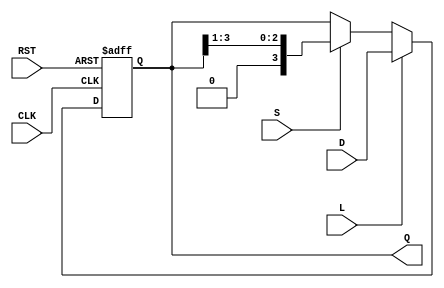
module shift_register (
    input wire [3:0] D,      // Data input
    input wire S,            // Shift control
    input wire L,            // Load control
    input wire CLK,          // Clock signal
    input wire RST,          // Reset signal
    output reg [3:0] Q       // Output register
);

    // Asynchronous reset
    always @(posedge CLK or posedge RST) begin
        if (RST) begin
            Q <= 4'b0000;     // Initialize the register to 0
        end else if (L) begin
            Q <= D;           // Load new data into the register
        end else if (S) begin
            Q <= {1'b0, Q[3:1]}; // Shift right, filling with 0
        end
        // If neither L nor S is active, Q remains unchanged (idle state)
    end

endmodule